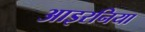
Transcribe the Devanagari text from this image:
आइरनिया